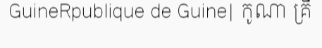
GuineRpublique de Guine| កូណា គ្រី